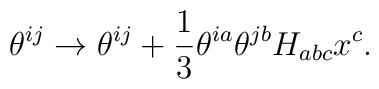
\theta^{ij} \to \theta^{ij} + {\frac{1}{3}} \theta^{ia} \theta^{jb} H_{abc}x^{c}.